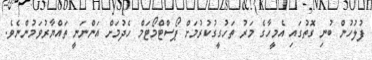
ފުލުހުން ބުނި ގޮތުގައި އެމީހާގެ މަރު ތަހުގީގުކުރުމަށް ޕޯސްޓްމޯޓަމް ހެދުމަށް އަންނަނީ ތައްޔާރުވަމުންނެވެ.